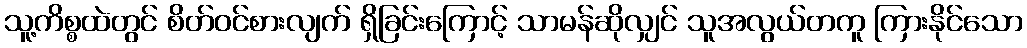
သူ့ကိစ္စထဲတွင် စိတ်ဝင်စားလျက် ရှိခြင်းကြောင့် သာမန်ဆိုလျှင် သူအလွယ်တကူ ကြားနိုင်သော